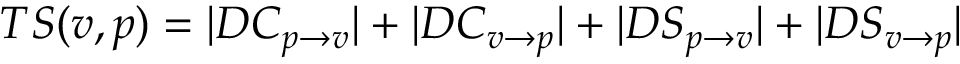
T S ( v , p ) = | D C _ { p \rightarrow v } | + | D C _ { v \rightarrow p } | + | D S _ { p \rightarrow v } | + | D S _ { v \rightarrow p } |